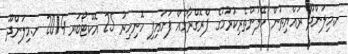
ށ.މިލަންދޫ ރައްޔިތުން ހޭލުންތެރިކުރުމުގެ ޕްރޮގްރާމެއް ފަށައިފި ހޮނިހިރު 25 އޮކްޓޯބަރ 2014 ށ.މިލަންދޫ